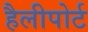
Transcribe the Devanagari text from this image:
हैलीपोर्ट